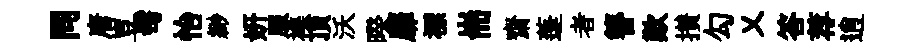
同唐豈髩怡緲妍服襍頂沃暌靡褾耑齋蓬者簪歎攅勾乂答荐逍